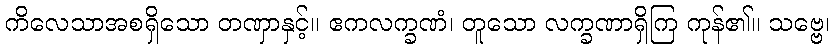
ကိလေသာအစရှိသော တဏှာနှင့်။ ဧကလက္ခဏံ၊ တူသော လက္ခဏာရှိကြ ကုန်၏။ သဗ္ဗေ၊